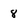
Character: 8